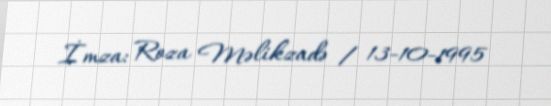
İmza: Roza Məlikzadə / 13-10-1995